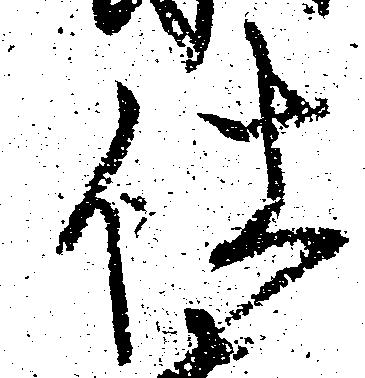
仕